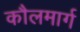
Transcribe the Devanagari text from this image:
कौलमार्ग